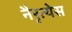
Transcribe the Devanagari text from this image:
नैरृत्येस